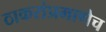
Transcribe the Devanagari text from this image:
ठाकरांप्रमाणेच